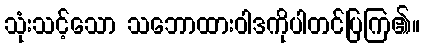
သုံးသင့်သော သဘောထားဝါဒကိုပါတင်ပြကြ၏။